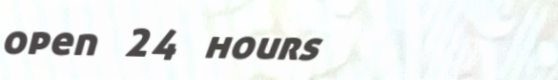
open 24 hours